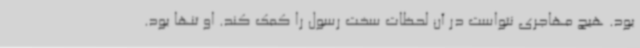
بود. هیچ مهاجری نتواست در آن لحظات سخت رسول را کمک کند. او تنها بود.